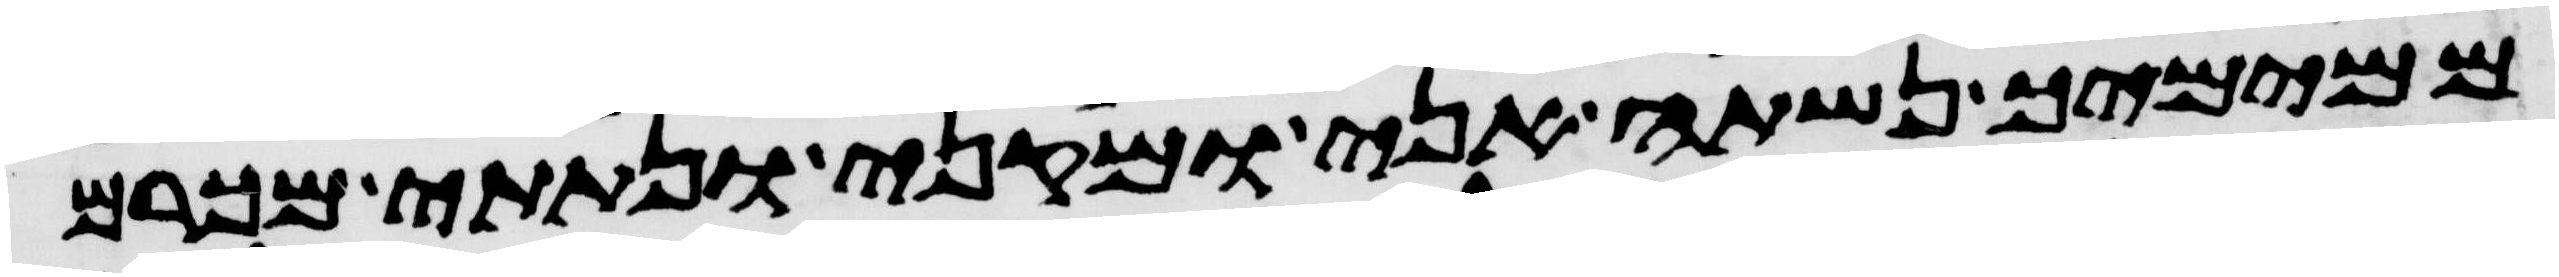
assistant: ממימיך נשתה אני ומקני ונתתי מכרם